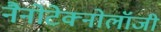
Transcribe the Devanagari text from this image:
नैनोटेक्नोलॉजी